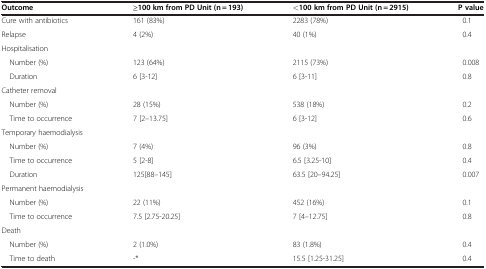
<table><thead><tr><td><b>Outcome</b></td><td><b>≥100 km from PD Unit (n = 193)</b></td><td><b>&lt;100 km from PD Unit (n = 2915)</b></td><td><b>P value</b></td></tr></thead><tbody><tr><td>Cure with antibiotics</td><td>161 (83%)</td><td>2283 (78%)</td><td>0.1</td></tr><tr><td>Relapse</td><td>4 (2%)</td><td>40 (1%)</td><td>0.4</td></tr><tr><td>Hospitalisation</td><td> </td><td> </td><td> </td></tr><tr><td> Number (%)</td><td>123 (64%)</td><td>2115 (73%)</td><td>0.008</td></tr><tr><td> Duration</td><td>6 [3-12]</td><td>6 [3-11]</td><td>0.8</td></tr><tr><td>Catheter removal</td><td> </td><td> </td><td> </td></tr><tr><td> Number (%)</td><td>28 (15%)</td><td>538 (18%)</td><td>0.2</td></tr><tr><td> Time to occurrence</td><td>7 [2–13.75]</td><td>6 [3-12]</td><td>0.6</td></tr><tr><td>Temporary haemodialysis</td><td> </td><td> </td><td> </td></tr><tr><td> Number (%)</td><td>7 (4%)</td><td>96 (3%)</td><td>0.8</td></tr><tr><td> Time to occurrence</td><td>5 [2-8]</td><td>6.5 [3.25-10]</td><td>0.4</td></tr><tr><td> Duration</td><td>125[88–145]</td><td>63.5 [20–94.25]</td><td>0.007</td></tr><tr><td>Permanent haemodialysis</td><td> </td><td> </td><td> </td></tr><tr><td> Number (%)</td><td>22 (11%)</td><td>452 (16%)</td><td>0.1</td></tr><tr><td> Time to occurrence</td><td>7.5 [2.75-20.25]</td><td>7 [4–12.75]</td><td>0.8</td></tr><tr><td>Death</td><td> </td><td> </td><td> </td></tr><tr><td> Number (%)</td><td>2 (1.0%)</td><td>83 (1.8%)</td><td>0.4</td></tr><tr><td> Time to death</td><td>-*</td><td>15.5 [1.25-31.25]</td><td>0.4</td></tr></tbody></table>